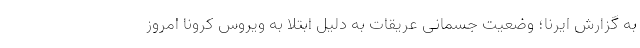
به گزارش ایرنا؛ وضعیت جسمانی عریقات به دلیل ابتلا به ویروس کرونا امروز